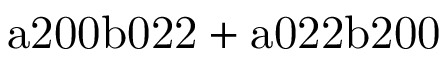
\mathrm { a 2 0 0 b 0 2 2 + a 0 2 2 b 2 0 0 }